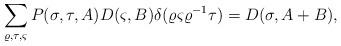
LaTeX: \begin{align*}\sum_{\varrho, \tau, \varsigma}P (\sigma,\tau, A) D (\varsigma, B)\delta (\varrho \varsigma \varrho^{-1}\tau)= D (\sigma, A+ B),\end{align*}